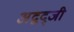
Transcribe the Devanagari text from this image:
अद्बद्जी